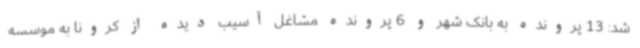
شد: 13 پرونده به بانک شهر و 6 پرونده مشاغل آسیب دیده از کرونا به موسسه